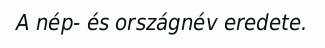
A nép- és országnév eredete.